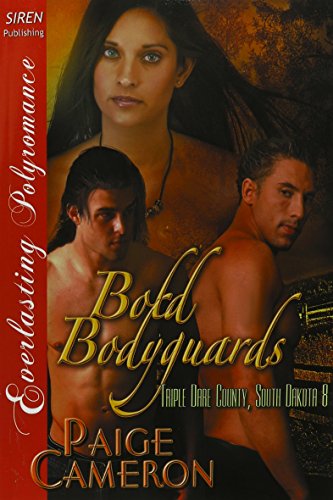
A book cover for Bold Bodyguards [Triple Dare County, South Dakota 8] (Siren Publishing Everlasting Polyromance); Paige Cameron; Romance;